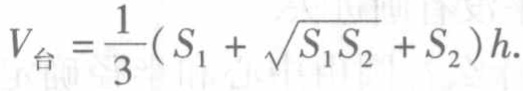
\[V_{台} = \frac{1}{3}(S_{1} + \sqrt{S_{1}S_{2}} + S_{2})h.\]